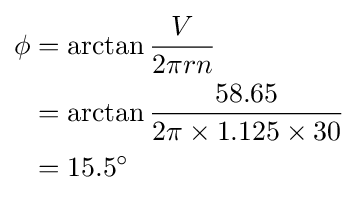
{\begin{aligned}\phi &=\arctan {\frac {V}{2\pi rn}}\\&=\arctan {\frac {58.65}{2\pi \times 1.125\times 30}}\\&=15.5^{\circ }\end{aligned}}